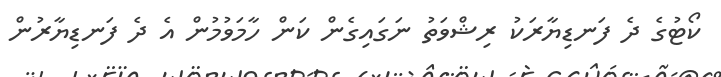
ކޯޓުގެ ދެ ފަނޑިޔާރަކު ރިޝްވަތު ނަގައިގެން ކަން ހާމަވުމުން އެ ދެ ފަނޑިޔާރުން